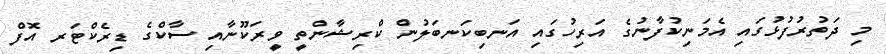
މި ދަތުރުފުޅުގައި އެމަނިކުފާނުގެ އަރިހުގައި އަނބިކަނބަލުން ކްރިޝާންތީ ވީރަކޫނާއި ސާކްގެ ޑިރެކްޓަރ އޮފް